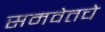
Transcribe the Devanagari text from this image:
समवेतचे